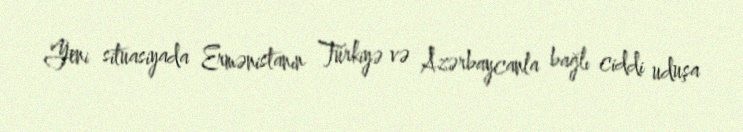
Yeni situasiyada Ermənistanın Türkiyə və Azərbaycanla bağlı ciddi uduşa